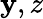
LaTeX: \mathbf{y},z